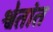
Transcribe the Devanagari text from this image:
श्वेतांत